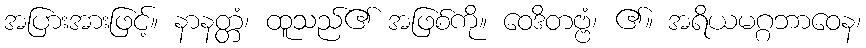
အပြားအားဖြင့်။ နာနတ္တံ၊ ထူသည်၏ အဖြစ်ကို။ ဝေဒိတဗ္ဗံ၊ ၏။ အရိယမဂ္ဂဘာဝေန၊